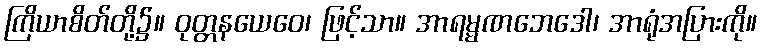
ကြိယာစိတ်တို့၌။ ဝုတ္တနယေဝေ၊ ဖြင့်သာ။ အာရမ္မဏဘေဒေါ၊ အာရုံအပြားကို။